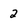
Character: 2